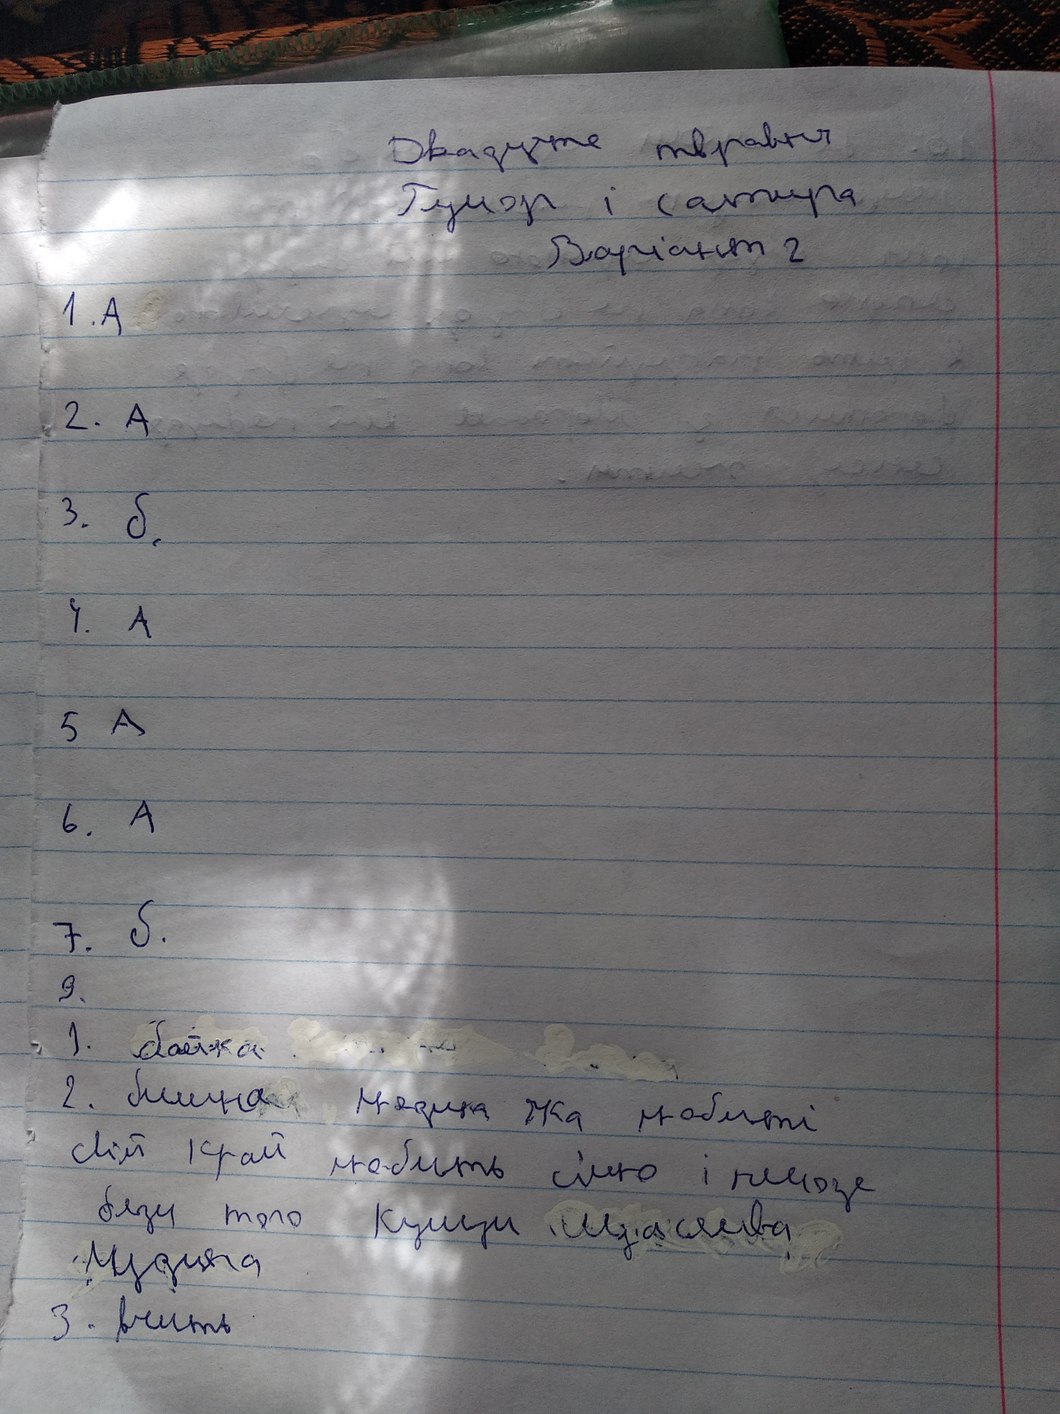
Двадцяте травня
Гумор і сатира
Варіант 2
1.A
2. A
3. б
4. A
5 A
6. A
7. б
9.
1. байка
2. билина людина яка любиті
свій край любить сімю і немозе
бязи того кущи щаслива
музика
3. вчить